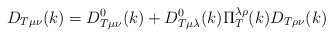
\begin{align*}D_{T\mu \nu }(k)=D_{T\mu \nu }^0(k)+D_{T\mu \lambda }^0(k)\Pi _T^{\lambda\rho }(k)D_{T\rho \nu }(k)\end{align*}